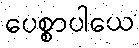
ပေစ္စာပါယေ